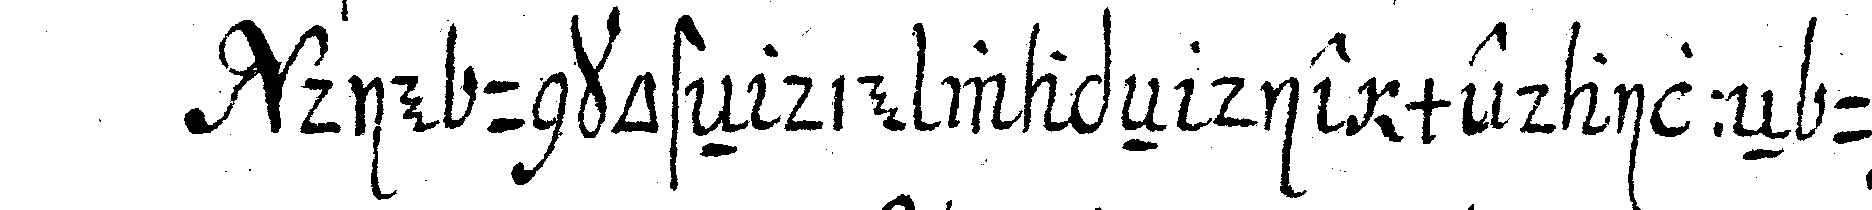
die unkosteN die wapeN die medailleN und